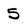
Character: 5